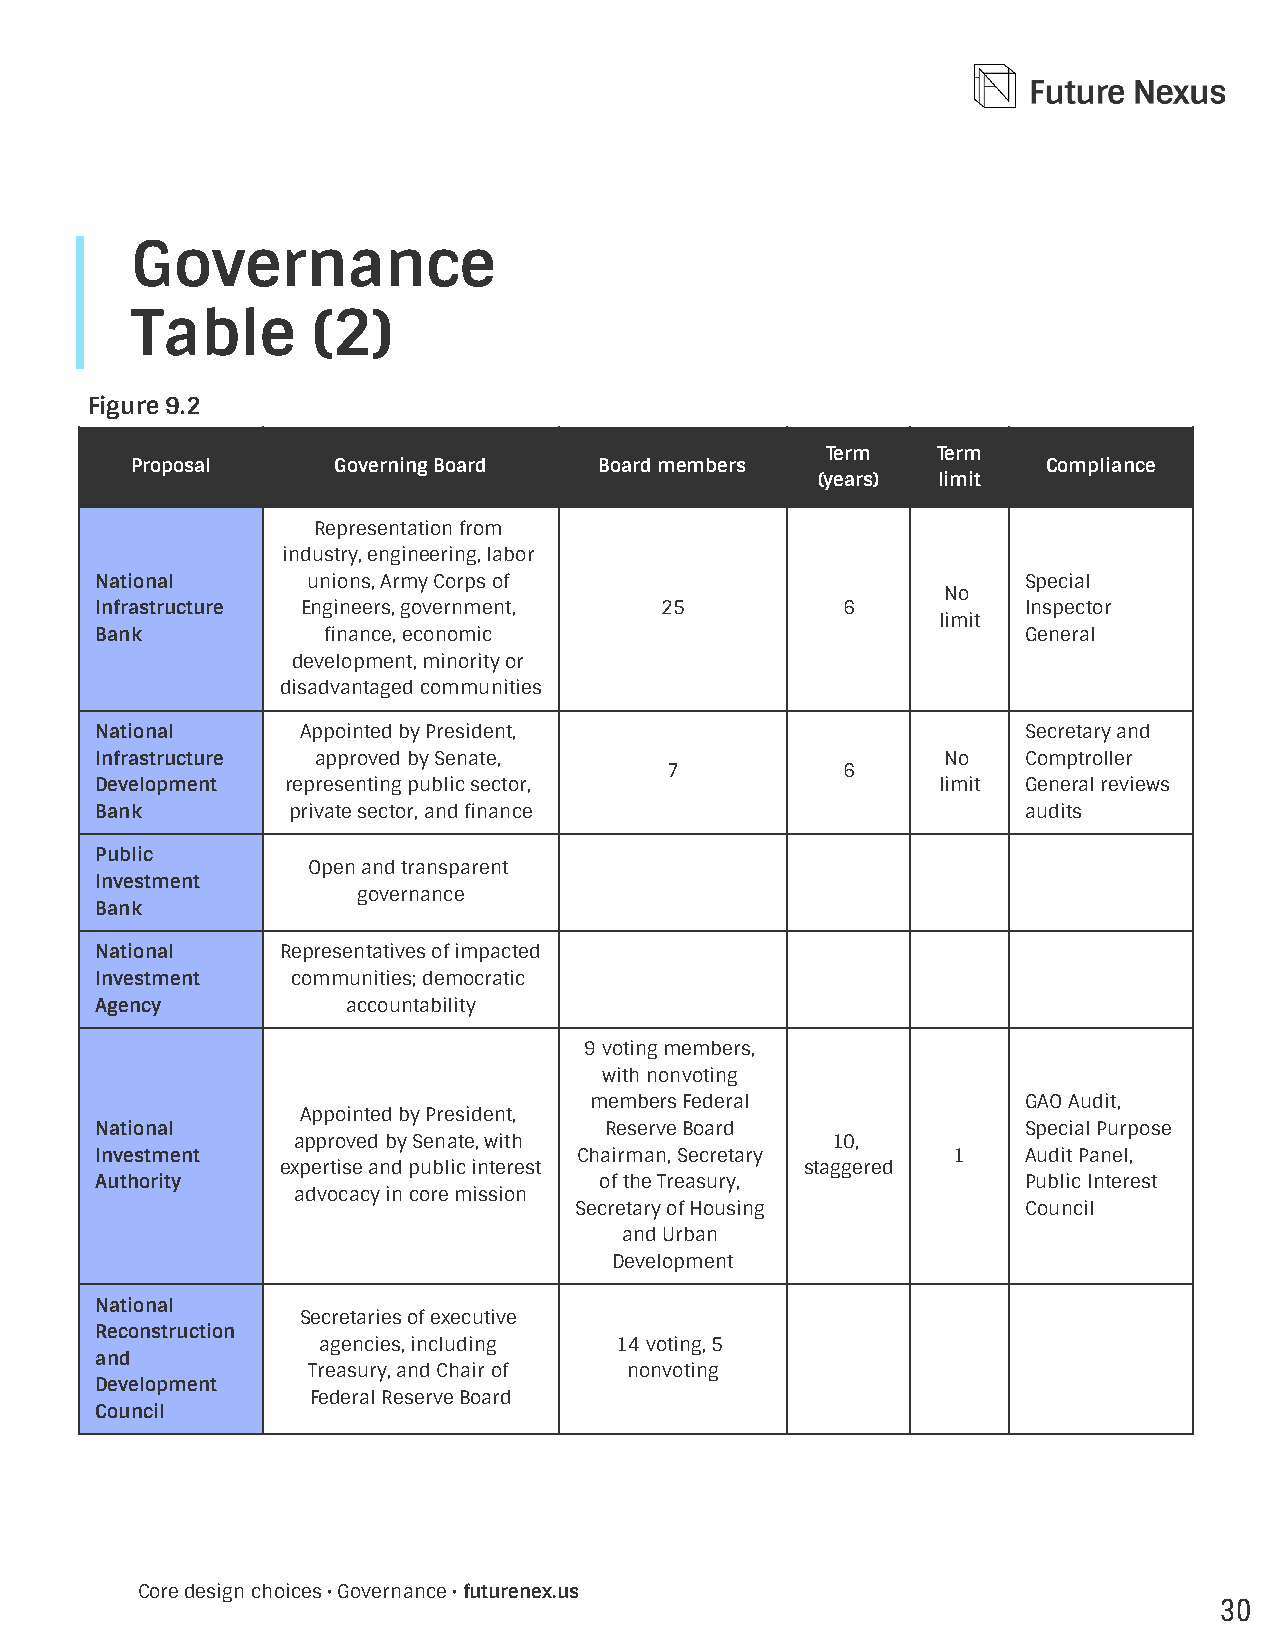
Governance
 Table       (2)
 Figure 9.2
 Term   Term
 Proposal     Governing Board   Board members                Compliance
 (years) limit
 Representation from
 industry, engineering, labor
 National      unions, Army Corps of                           Special
 No
 Infrastructure Engineers, government, 25          6           Inspector
 limit
 Bank           nance, economic                               General
 development, minority or
 disadvantaged communities
 National      Appointed by President,                         Secretary and
 Infrastructure approved by Senate,                       No   Comptroller
 7           6
 Development  representing public sector,                limit General reviews
 Bank         private sector, and nance                       audits
 Public
 Open and transparent
 Investment
 governance
 Bank
 National     Representatives of impacted
 Investment   communities; democratic
 Agency           accountability
 9 voting members,
 with nonvoting
 members Federal              GAO Audit,
 Appointed by President,
 National                          Reserve Board               Special Purpose
 approved by Senate, with            10,
 Investment                      Chairman, Secretary      1    Audit Panel,
 expertise and public interest     staggered
 Authority                         of the Treasury,            Public Interest
 advocacy in core mission
 Secretary of Housing          Council
 and Urban
 Development
 National
 Secretaries of executive
 Reconstruction
 agencies, including 14 voting, 5
 and
 Treasury, and Chair of nonvoting
 Development
 Federal Reserve Board
 Council
 Core design choices • Governance • futurenex.us
 30